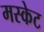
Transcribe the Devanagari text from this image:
मस्केट